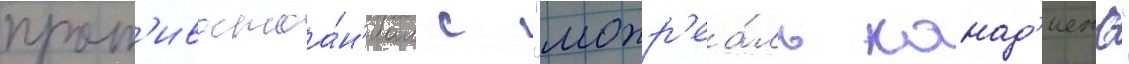
прот'ивостоа́н'иам с "монр'еа́ль канад'иенс"